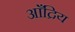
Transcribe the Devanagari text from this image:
आँद्रिय